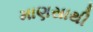
માણસાથી